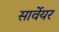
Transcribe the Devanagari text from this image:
सार्वेयर